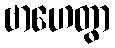
ဗာဟေတွာ